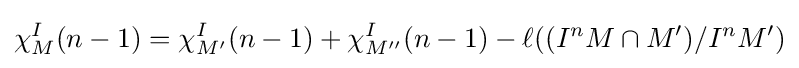
\chi _{M}^{I}(n-1)=\chi _{M'}^{I}(n-1)+\chi _{M''}^{I}(n-1)-\ell ((I^{n}M\cap M')/I^{n}M')